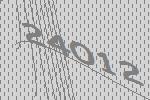
24012